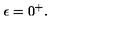
\epsilon = 0 ^ { + } .